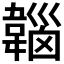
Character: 𩏀